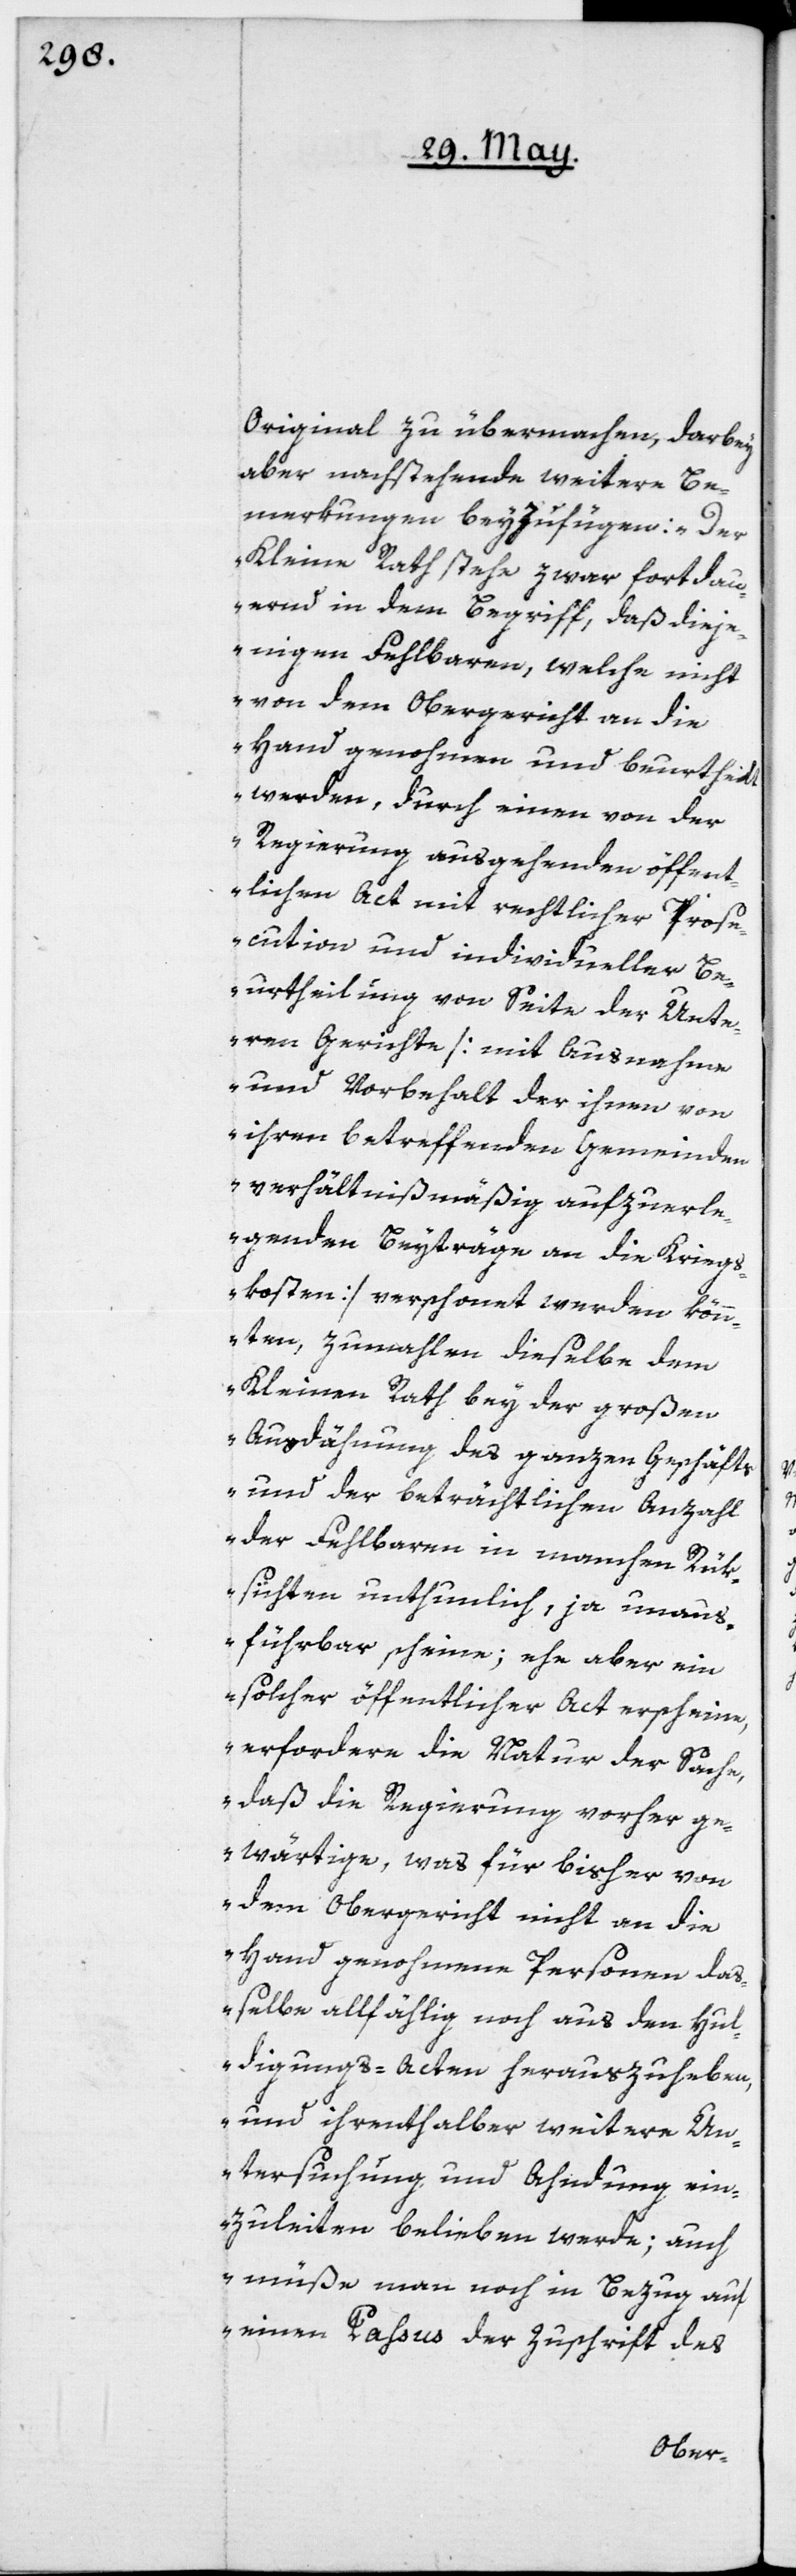
Original zu übermachen, darbey
aber nachstehende weitere Be¬
merkungen beyzufügen: „Der
Kleine Rath stehe zwar fortdau¬
ernd in dem Begriff, daß dieje¬
nigen Fehlbaren, welche nicht
von dem Obergericht an die
Hand genohmen und beurtheilt
werden, durch einen von der
Regierung ausgehenden öffent¬
lichen Act mit rechtlicher Prose¬
cution und individueller Be¬
urtheilung von Seite der Unte¬
ren Gerichte [mit Ausnahme
und Vorbehalt der ihnen von
ihren betreffenden Gemeinden
verhältnißmäßig aufzuerle¬
genden Beyträge an die Kriegs¬
kosten] verschonet werden kön¬
nten, zumahlen dieselbe dem
Kleinen Rath bey der großen
Ausdähung des ganzen Geschäfts
und der beträchtlichen Anzahl
der Fehlbaren in manchen Rük¬
sichten unthunlich, ja unaus¬
führbar scheine; ehe aber ein
solcher öffentlicher Act erscheine,
erfordere die Natur der Sache,
daß die Regierung vorher ge¬
wärtige, was für bisher von
dem Obergericht nicht an die
Hand genohmene Personen das¬
selbe allfählig noch aus den Hul¬
digungs-Acten herauszuheben,
und ihrenthalben weitere Un¬
tersuchung und Ahndung ein¬
zuleiten belieben werde; auch
müße man noch in Bezug auf
einen Passus der Zuschrift des